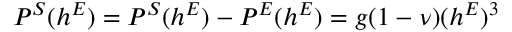
{ \cal P } ^ { S } ( h ^ { E } ) = { \cal P } ^ { S } ( h ^ { E } ) - { \cal P } ^ { E } ( h ^ { E } ) = g ( 1 - \nu ) ( h ^ { E } ) ^ { 3 }